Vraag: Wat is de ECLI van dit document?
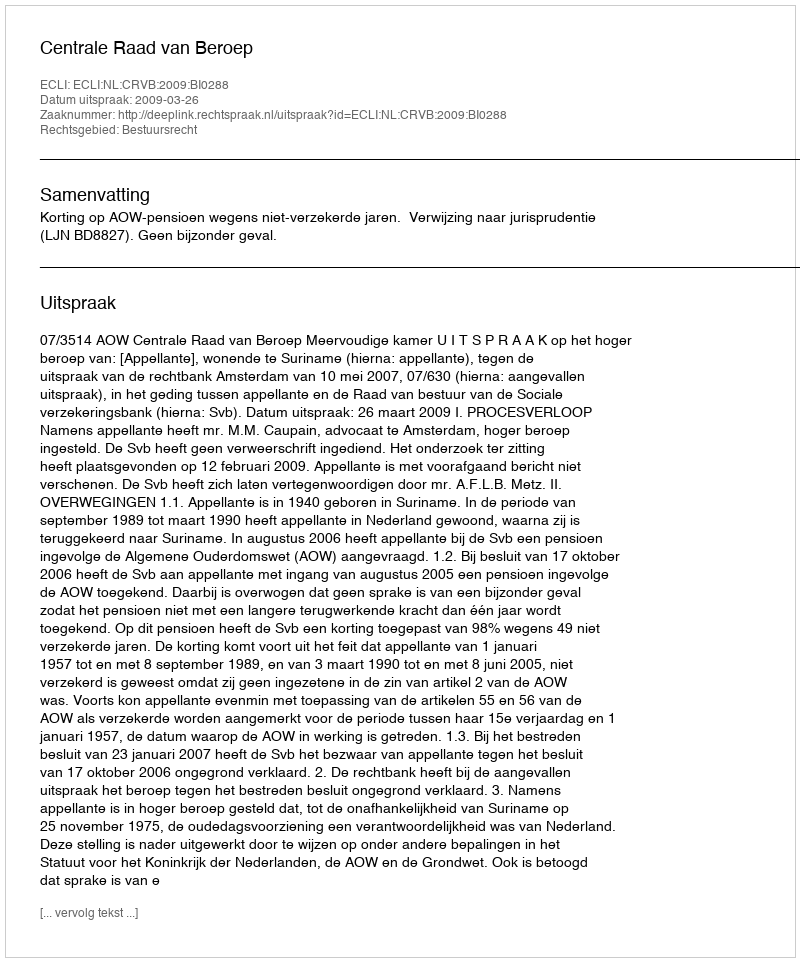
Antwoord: ECLI:NL:CRVB:2009:BI0288